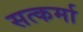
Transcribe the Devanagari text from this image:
सत्कर्मा